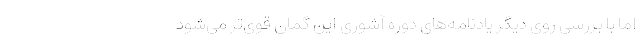
اما با بررسی روی دیگر یادنامه‌های دوره آشوری این گمان قوی‌تر می‌شود